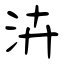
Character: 泋